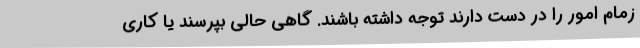
زمام امور را در دست دارند توجه داشته باشند. گاهی حالی بپرسند یا کاری